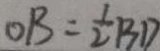
O B = \frac { 1 } { 2 } B D